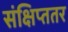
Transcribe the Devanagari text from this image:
संक्षिप्ततर